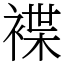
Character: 褋